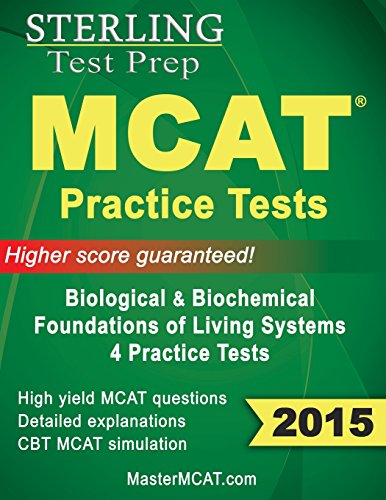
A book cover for Sterling MCAT 2015 Practice Tests - Biological & Biochemical Foundations; Sterling Test Prep; Test Preparation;